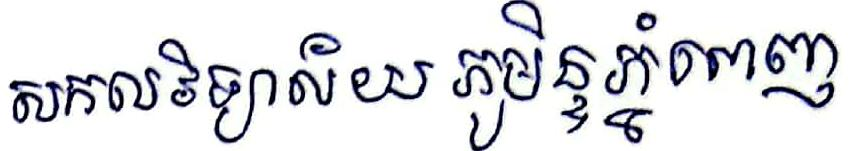
សកលវិទ្យាល័យ ភូមិន្ទភ្នំពេញ